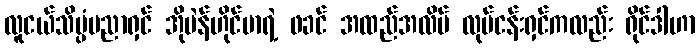
လူငယ်သိပ္ပံပညာရှင် အိုပဲန်ဟိုင်မာရဲ့ ဖခင် အထည်အလိပ် လုပ်ငန်းရှင်ကလည်း ရိုင်ဒါဟာ